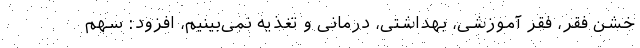
خشن فقر، فقر آموزشی، بهداشتی، درمانی و تغذیه نمی‌بینیم، افزود: سهم